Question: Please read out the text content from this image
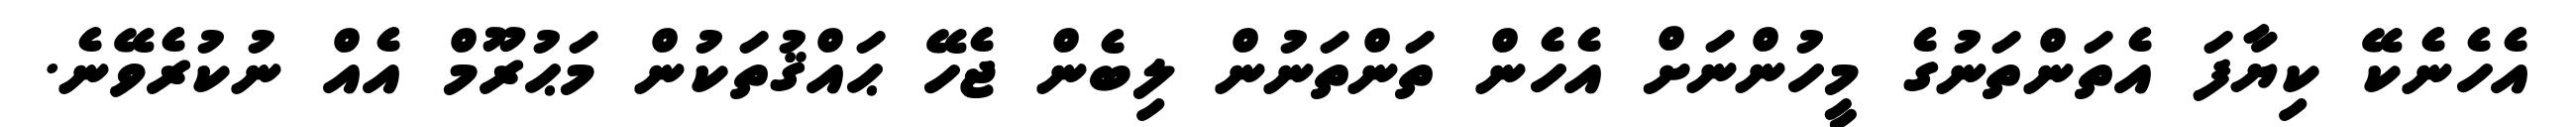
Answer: އެހެނެކޭ ކިޔާފަ އެތަންތަނުގެ މީހުންނަށް އެހެން ތަންތަނުން ލިބެން ޖެހޭ ޙައްޤުތަކުން މަޙުރޫމް އެއް ނުކުރެވޭނެ.